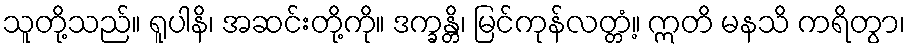
သူတို့သည်။ ရူပါနိ၊ အဆင်းတို့ကို။ ဒက္ခန္တိ၊ မြင်ကုန်လတ္တံ့။ ဣတိ မနသိ ကရိတွာ၊